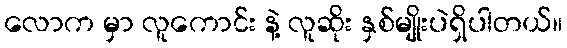
လောက မှာ လူကောင်း နဲ့ လူဆိုး နှစ်မျိုးပဲရှိပါတယ်။